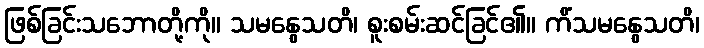
ဖြစ်ခြင်းသဘောတို့ကို။ သမနွေသတိ၊ စူးစမ်းဆင်ခြင်၏။ ကိံသမနွေသတိ၊